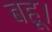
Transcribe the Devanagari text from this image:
बहू।